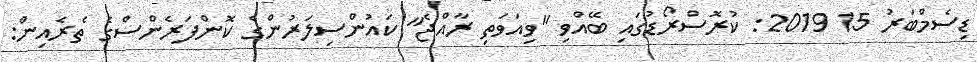
ޑިސެމްބަރު 15 2019: ކުރޮސްރޯޑުގައި ބޭއްވި "ވިއަވަތި ރާއްޖެ" ކައުންސިލަރުންގެ ކޮންފަރެންސްގެ ތެރެއިން: